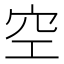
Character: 空